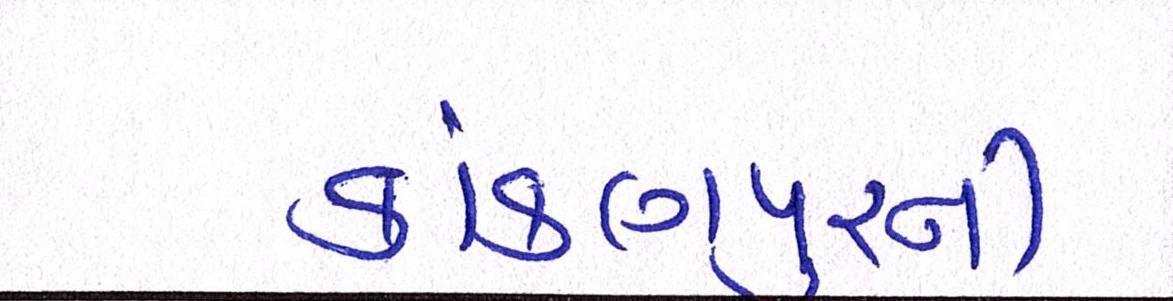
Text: કાંકણપુરની